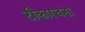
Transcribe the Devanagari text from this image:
टीकारचना